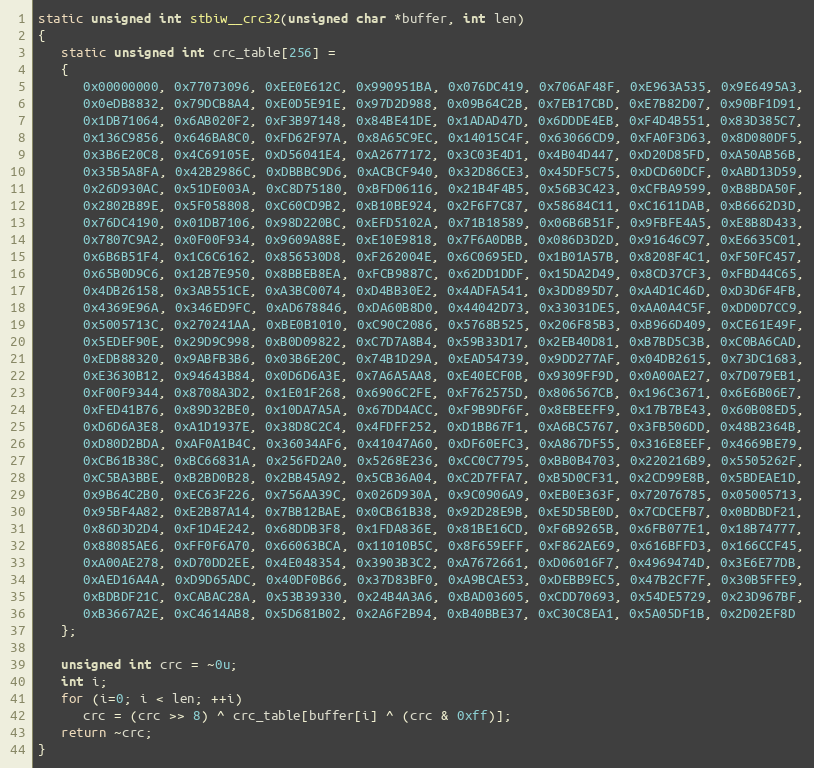
Language: C
static unsigned int stbiw__crc32(unsigned char *buffer, int len)
{
   static unsigned int crc_table[256] =
   {
      0x00000000, 0x77073096, 0xEE0E612C, 0x990951BA, 0x076DC419, 0x706AF48F, 0xE963A535, 0x9E6495A3,
      0x0eDB8832, 0x79DCB8A4, 0xE0D5E91E, 0x97D2D988, 0x09B64C2B, 0x7EB17CBD, 0xE7B82D07, 0x90BF1D91,
      0x1DB71064, 0x6AB020F2, 0xF3B97148, 0x84BE41DE, 0x1ADAD47D, 0x6DDDE4EB, 0xF4D4B551, 0x83D385C7,
      0x136C9856, 0x646BA8C0, 0xFD62F97A, 0x8A65C9EC, 0x14015C4F, 0x63066CD9, 0xFA0F3D63, 0x8D080DF5,
      0x3B6E20C8, 0x4C69105E, 0xD56041E4, 0xA2677172, 0x3C03E4D1, 0x4B04D447, 0xD20D85FD, 0xA50AB56B,
      0x35B5A8FA, 0x42B2986C, 0xDBBBC9D6, 0xACBCF940, 0x32D86CE3, 0x45DF5C75, 0xDCD60DCF, 0xABD13D59,
      0x26D930AC, 0x51DE003A, 0xC8D75180, 0xBFD06116, 0x21B4F4B5, 0x56B3C423, 0xCFBA9599, 0xB8BDA50F,
      0x2802B89E, 0x5F058808, 0xC60CD9B2, 0xB10BE924, 0x2F6F7C87, 0x58684C11, 0xC1611DAB, 0xB6662D3D,
      0x76DC4190, 0x01DB7106, 0x98D220BC, 0xEFD5102A, 0x71B18589, 0x06B6B51F, 0x9FBFE4A5, 0xE8B8D433,
      0x7807C9A2, 0x0F00F934, 0x9609A88E, 0xE10E9818, 0x7F6A0DBB, 0x086D3D2D, 0x91646C97, 0xE6635C01,
      0x6B6B51F4, 0x1C6C6162, 0x856530D8, 0xF262004E, 0x6C0695ED, 0x1B01A57B, 0x8208F4C1, 0xF50FC457,
      0x65B0D9C6, 0x12B7E950, 0x8BBEB8EA, 0xFCB9887C, 0x62DD1DDF, 0x15DA2D49, 0x8CD37CF3, 0xFBD44C65,
      0x4DB26158, 0x3AB551CE, 0xA3BC0074, 0xD4BB30E2, 0x4ADFA541, 0x3DD895D7, 0xA4D1C46D, 0xD3D6F4FB,
      0x4369E96A, 0x346ED9FC, 0xAD678846, 0xDA60B8D0, 0x44042D73, 0x33031DE5, 0xAA0A4C5F, 0xDD0D7CC9,
      0x5005713C, 0x270241AA, 0xBE0B1010, 0xC90C2086, 0x5768B525, 0x206F85B3, 0xB966D409, 0xCE61E49F,
      0x5EDEF90E, 0x29D9C998, 0xB0D09822, 0xC7D7A8B4, 0x59B33D17, 0x2EB40D81, 0xB7BD5C3B, 0xC0BA6CAD,
      0xEDB88320, 0x9ABFB3B6, 0x03B6E20C, 0x74B1D29A, 0xEAD54739, 0x9DD277AF, 0x04DB2615, 0x73DC1683,
      0xE3630B12, 0x94643B84, 0x0D6D6A3E, 0x7A6A5AA8, 0xE40ECF0B, 0x9309FF9D, 0x0A00AE27, 0x7D079EB1,
      0xF00F9344, 0x8708A3D2, 0x1E01F268, 0x6906C2FE, 0xF762575D, 0x806567CB, 0x196C3671, 0x6E6B06E7,
      0xFED41B76, 0x89D32BE0, 0x10DA7A5A, 0x67DD4ACC, 0xF9B9DF6F, 0x8EBEEFF9, 0x17B7BE43, 0x60B08ED5,
      0xD6D6A3E8, 0xA1D1937E, 0x38D8C2C4, 0x4FDFF252, 0xD1BB67F1, 0xA6BC5767, 0x3FB506DD, 0x48B2364B,
      0xD80D2BDA, 0xAF0A1B4C, 0x36034AF6, 0x41047A60, 0xDF60EFC3, 0xA867DF55, 0x316E8EEF, 0x4669BE79,
      0xCB61B38C, 0xBC66831A, 0x256FD2A0, 0x5268E236, 0xCC0C7795, 0xBB0B4703, 0x220216B9, 0x5505262F,
      0xC5BA3BBE, 0xB2BD0B28, 0x2BB45A92, 0x5CB36A04, 0xC2D7FFA7, 0xB5D0CF31, 0x2CD99E8B, 0x5BDEAE1D,
      0x9B64C2B0, 0xEC63F226, 0x756AA39C, 0x026D930A, 0x9C0906A9, 0xEB0E363F, 0x72076785, 0x05005713,
      0x95BF4A82, 0xE2B87A14, 0x7BB12BAE, 0x0CB61B38, 0x92D28E9B, 0xE5D5BE0D, 0x7CDCEFB7, 0x0BDBDF21,
      0x86D3D2D4, 0xF1D4E242, 0x68DDB3F8, 0x1FDA836E, 0x81BE16CD, 0xF6B9265B, 0x6FB077E1, 0x18B74777,
      0x88085AE6, 0xFF0F6A70, 0x66063BCA, 0x11010B5C, 0x8F659EFF, 0xF862AE69, 0x616BFFD3, 0x166CCF45,
      0xA00AE278, 0xD70DD2EE, 0x4E048354, 0x3903B3C2, 0xA7672661, 0xD06016F7, 0x4969474D, 0x3E6E77DB,
      0xAED16A4A, 0xD9D65ADC, 0x40DF0B66, 0x37D83BF0, 0xA9BCAE53, 0xDEBB9EC5, 0x47B2CF7F, 0x30B5FFE9,
      0xBDBDF21C, 0xCABAC28A, 0x53B39330, 0x24B4A3A6, 0xBAD03605, 0xCDD70693, 0x54DE5729, 0x23D967BF,
      0xB3667A2E, 0xC4614AB8, 0x5D681B02, 0x2A6F2B94, 0xB40BBE37, 0xC30C8EA1, 0x5A05DF1B, 0x2D02EF8D
   };

   unsigned int crc = ~0u;
   int i;
   for (i=0; i < len; ++i)
      crc = (crc >> 8) ^ crc_table[buffer[i] ^ (crc & 0xff)];
   return ~crc;
}